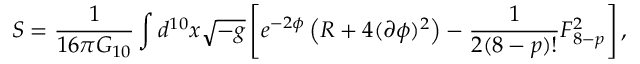
S = \frac { 1 } { 1 6 \pi G _ { 1 0 } } \int d ^ { 1 0 } x \sqrt { - g } \left[ e ^ { - 2 \phi } \left( R + 4 ( \partial \phi ) ^ { 2 } \right) - \frac { 1 } { 2 ( 8 - p ) ! } F _ { 8 - p } ^ { 2 } \right] ,